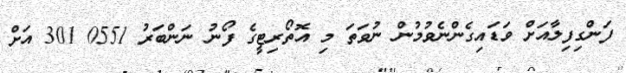
ފަންގިފިލާއަށް ވަޑައިގެންނެވުމުން ނުވަތަ މި އޮތޯރިޓީގެ ފޯނު ނަންބަރު 0551 301 އަށް